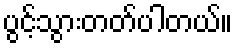
ပွင့်သွားတတ်ပါတယ်။